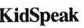
KidSpeak